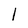
Character: 1